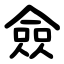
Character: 僉